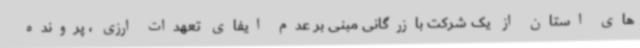
های استان از یک شرکت بازرگانی مبنی بر عدم ایفای تعهدات ارزی ، پرونده